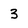
Character: 3